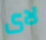
لاى